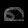
Digit: ၈